Report of the Bombay Plague Committee
Disease focus: Plague
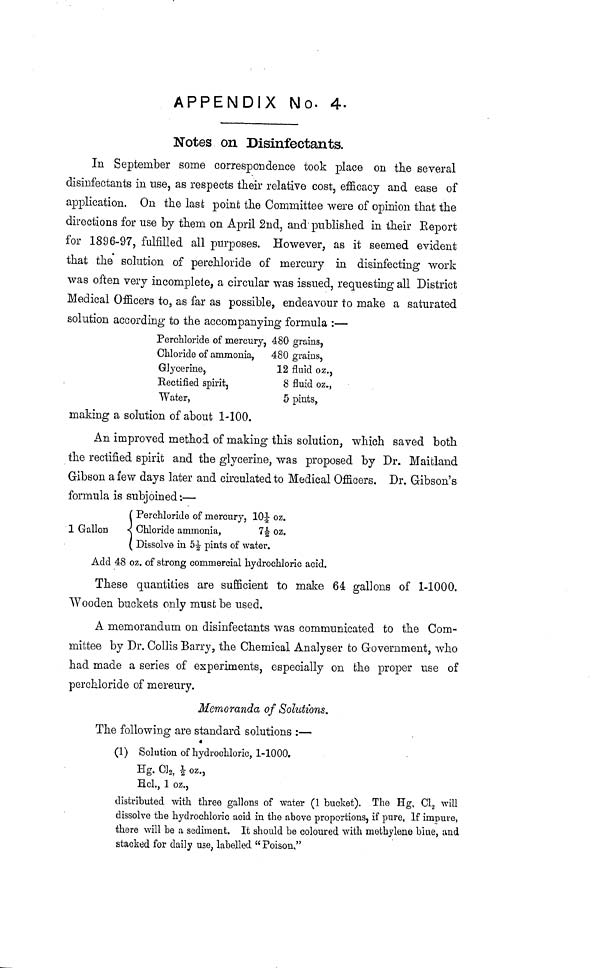
APPENDIX No. 4.
Notes on Disinfectants.
In September some correspondence took place on the several
disinfectants in use, as respects their relative cost, efficacy and ease of
application. On the last point the Committee were of opinion that the
directions for use by them on April 2nd, and published in their Report
for 1896-97, fulfilled all purposes. However, as it seemed evident
that the solution of perchloride of mercury in disinfecting work
was often very incomplete, a circular was issued, requesting all District
Medical Officers to, as far as possible, endeavour to make a saturated
solution according to the accompanying formula :—
Perchloride of mercury, 480 grains,
Chloride of ammonia,
480 grains,
Glycerine,
12 fluid oz.,
Rectified spirit,
8 fluid oz.,
"Water,
5 pints,
making a solution of about 1-100.
An improved method of making this solution, which saved both
the rectified spirit and the glycerine, was proposed by Dr. Maifcland
Gibson a few days later and circulated to Medical Officers. Dr. Gibson's
formula is subjoined ·.—
Perchloride of mercury, 10 1/4 oz.
1 Gallon
Chloride ammonia,
7 1/2 oz.
Dissolve in 5 1/2 pints of water.
Add 48 oz. of strong commercial hydrochloric acid.
These quantities are sufficient to make 64 gallons of 1-1000.
Wooden buckets only must be used.
A memorandum on disinfectants was communicated to the Com-
mittee by Dr. Collis Barry, the Chemical Analyser to Government, who
had made a series of experiments, especially on the proper use of
perchloride of mereury.
Memoranda of Solutions.
The following are standard solutions :—·
(1) Solution of hydrochloric, 1-1000.
Hg. C1 2 , 1/2 oz.,
Hcl., 1 oz.,
distributed with three gallons of water (1 bucket). The Hg, C1 2 will
dissolve the hydrochloric acid in the above proportions, if pure. If impure,
there will be a sediment. It should be coloured with methylene blue, and
stacked for daily use, labelled " Poison,"